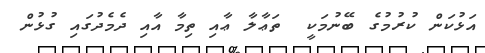
އަޅުކަން ކުރުމުގެ ބޭނުމަކީ  ތަޢާލާ ޢާއި ތިމާ އާއި ދެމެދުގައި ގުޅުން